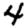
Digit: 4